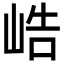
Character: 峼